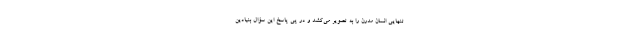
تنهایی انسان مدرن را به تصویر می‌کشد و در پی پاسخ این سؤال بنیادین